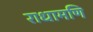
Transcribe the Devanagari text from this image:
राधामणि